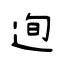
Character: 迿